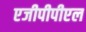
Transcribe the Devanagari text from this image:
एजीपीपीएल